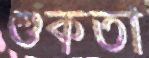
শুকতা